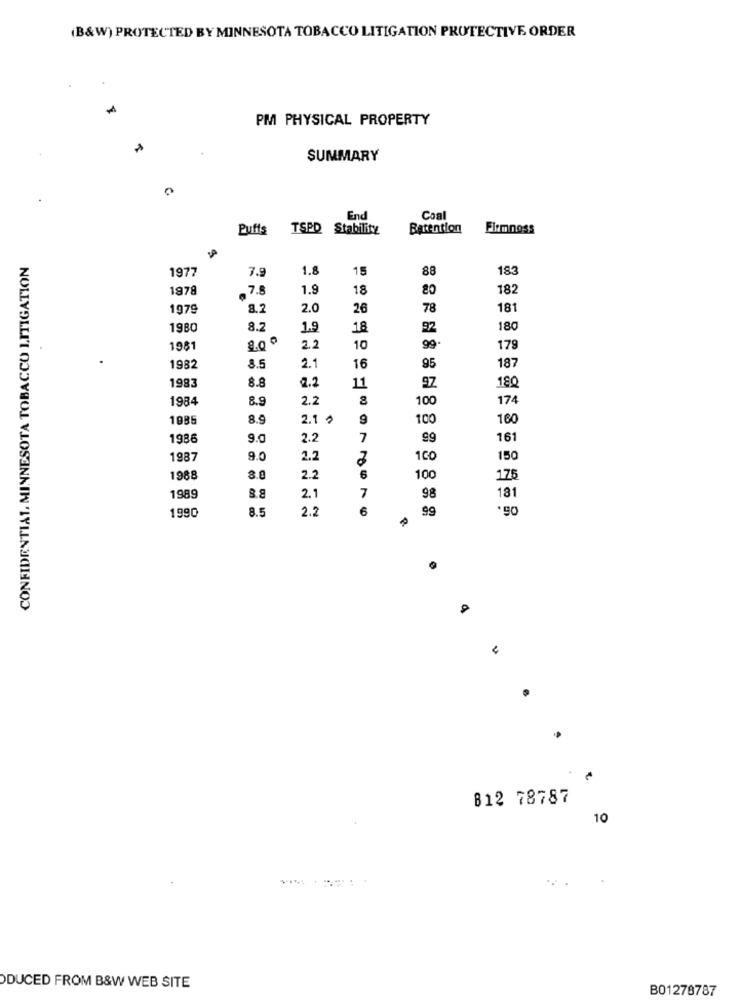
(B&W) PROTECTED BY MINNESOTA TOBACCO LITIGATION PROTECTIVE ORDER
PM PHYSICAL PROPERTY
SUMMARY
End
Coal
Puffs
TSPD Stability
Batention
Firm ness
CONFIDENTIAL, MINNESOTA TOBACCO LITIGATION
1977
7.9
1.8
15
88
183
1978
7.8
1.9
18
80
182
1979
8.2
2.0
26
78
181
1980
8.2
1.9
18
92
180
8.00
1981
2.2
10
99.
179
1982
3.5
2.1
16
95
187
1983
8.8
2.2
11
9Z
180
1984
8.9
2.2
100
174
1985
8.9
2.1 2
9
100
160
1986
9.0
2.2
7
99
16
1987
9.0
1CO
150
1988
8.0
2.2
6
100
175
3.9
1989
2.1
7
98
181
1990
8.5
2.2
6
99
'90
4
812 78787
10
DUCED FROM B&W WEB SITE
B01278787